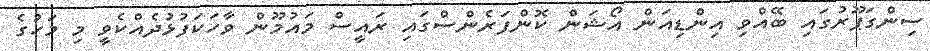
ސިންގަޕޫރުގައި ބޭއްވި އިންޑިއަން އޯޝަން ކޮންފަރެންސްގައި ރައީސް މައުމޫން ވާހަކަފުޅުދެއްކެވީ މި މަހުގެ